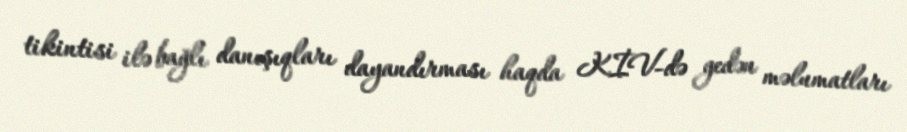
tikintisi ilə bağlı danışıqları dayandırması haqda KİV-də gedən məlumatları